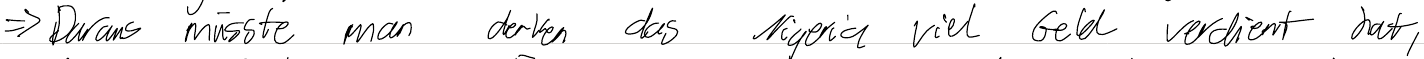
=> Daraus müsste man denken das Nigeria viel Geld verdient hat,